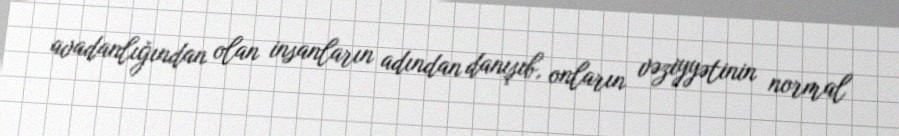
avadanlığından olan insanların adından danışıb, onların vəziyyətinin normal